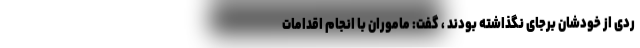
ردی از خودشان برجای نگذاشته بودند ، گفت: ماموران با انجام اقدامات